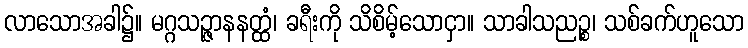
လာသောအခါ၌။ မဂ္ဂသဉ္ဇာနနတ္ထံ၊ ခရီးကို သိစိမ့်သောငှာ။ သာခါသညဉ္စ၊ သစ်ခက်ဟူသော